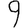
Digit: 9